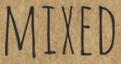
MIXED